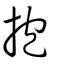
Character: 抱